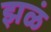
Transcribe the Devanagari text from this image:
झळं